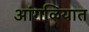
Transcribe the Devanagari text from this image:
आंगळियात